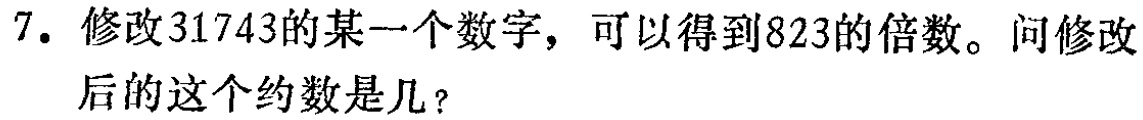
7. 修改31743的某一个数字，可以得到823的倍数。问修改后的这个约数是几？